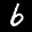
Label: 6